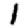
Digit: 1